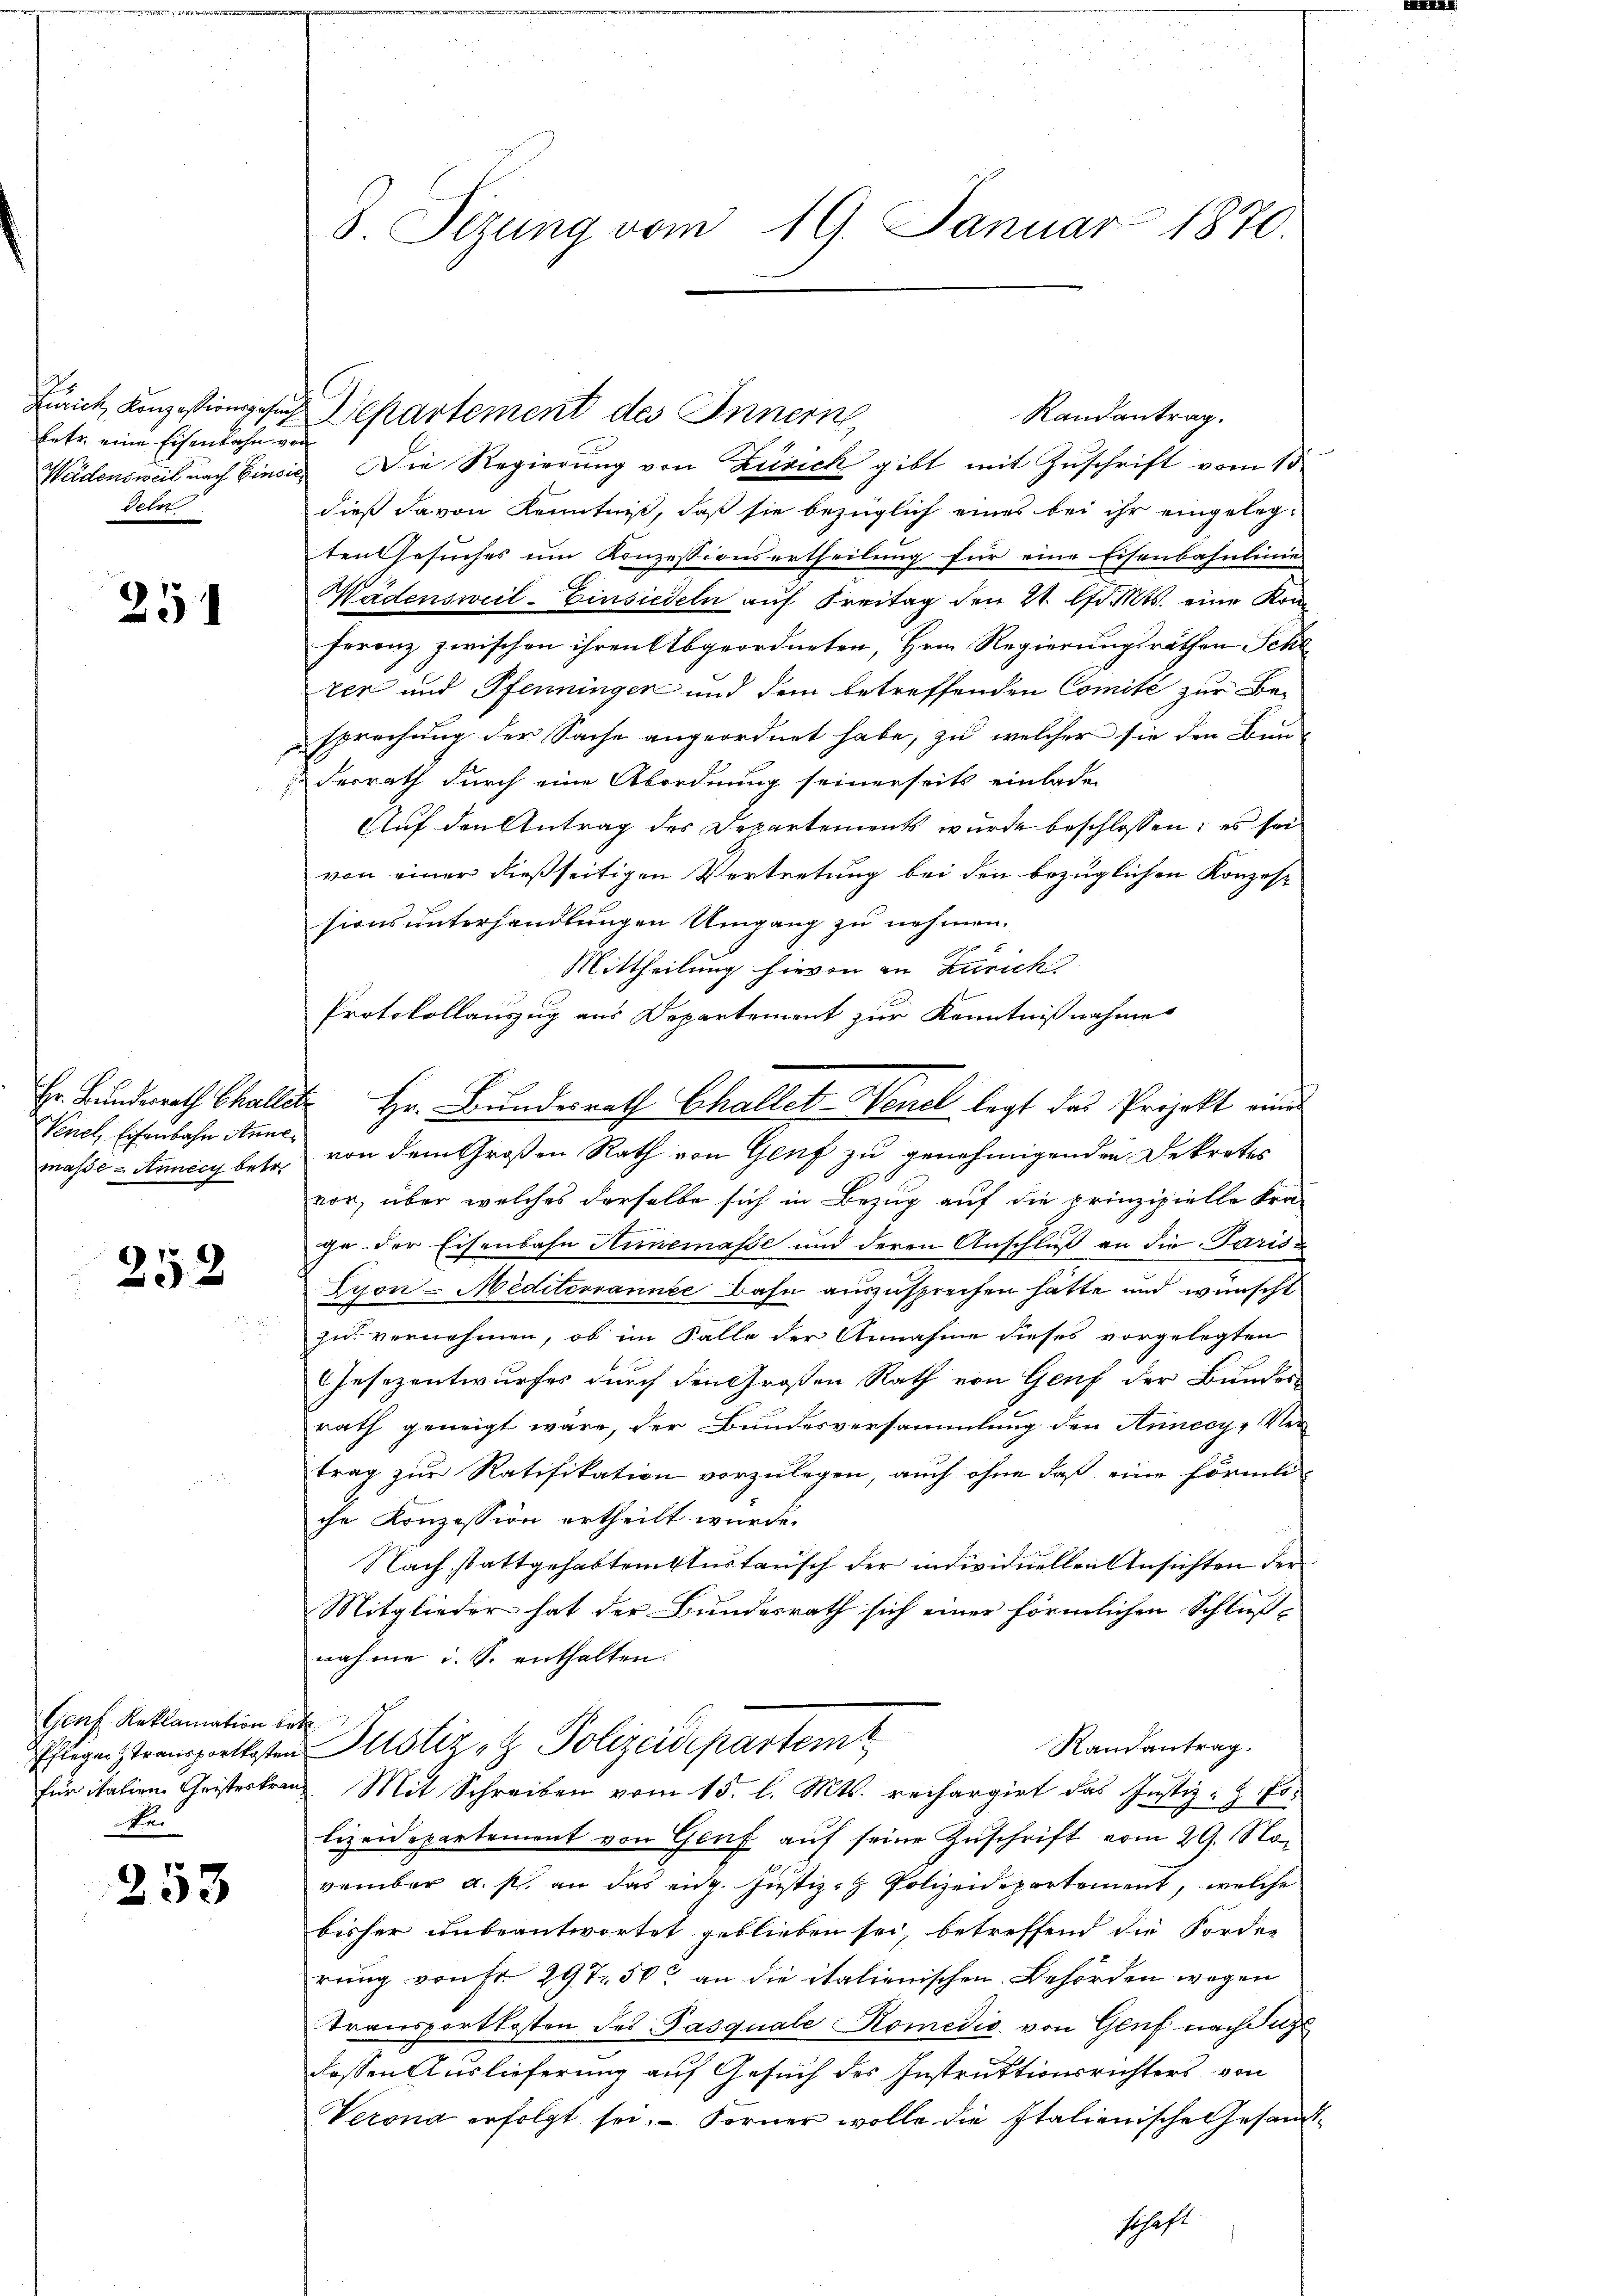
.
E
betr. eine Eisenbahn von
dern

251

Venel, Eisenbahn Anne
maße - Annicz betr.

252

Genf, Reklamation betr.
Nr.

253

Randantrag.
Wädensweil nach Einsich Die Regierung von Zürich gibt mit Zuschrift vom 13
dieß davon Kenntniß, daß sie bezüglich eines bei ihr eingelegten Gesuches um Konzessionsertheilung für eine Eisenbahnlinie
Wädensweil–Einsiedeln auf Freitag den 21. Chr. Mts. eine Kom
Ferenz zwischen ihren Abgeordneten, Hrn. Regierungsräthen Sche
ker und Pfenninger und dem betreffenden Comité zur Be-
sprechung der Sache angeordnet habe, zu welcher sie den Bun-
derrath durch eine Abordnung seinerseits einladen
Auf den Antrag des Departements wurde beschlossen; es sei
von einer dießseitigen Vertretung bei den bezüglichen Konzessionsunterhandlungen Umgang zu nehmen.
Mittheilung hievon in Zürich
Protokollauszug aus Departement zur Kenntnißnahmes
Hr. Bundesrath Challet Hr. Bundesrath Challet. Wenel legt das Projekt eines
von dem Großen Rath von Genf zu genehmigenden Dekretes
vor, über welches derselbe sich in Bezug auf die prinzipielle Kra-
ge der Eisenbahn Niemasse und deren Anschluß an die Paris-
Lyon - Mediternannte Bahn auszusprechen hätte und wünscht
zu vernehmen, ob im Falle der Annahme dieses vorgelegten
Gesezentwurfes durch den Großen Rath von Genf der Bunder
rath geneigt wäre, der Bundesversammlung den Annecy-Ver-
trag zur Ratifikation vorzulegen, auch ohne daß eine förmli
che Konzession ertheilt wurde.
Nach stattgehabtem Austausch der individuellen Ansichten der
Mitglieder hat der Bundesrath sich einer förmlichen Schluß-
nahme i. S. enthalten.
Raurantrag.
Ehlige strenspieltesten Justiz- & Polizeidepartemt
für italien Geisteskranz Mit Schreiben vom 15. l. Mts. rechargirt das Justiz- & Polizeidepartement von Genf auf seine Zuschrift vom 29. November a. s. an das eidg. Justiz- & Polizeidepartement, welche
bisher unbeantwortet geblieben sei, betreffend die Forder
rung von fr. 297. 50 an die italienischen Behörden wegen
Transportkosten des Pasquale Komedio von Genf nach dur
dessen Auslieferung auf Gesuch des Instruktionsrichters von
Verona erfolgt sei. Ferner wolle die Italienische Gesandtschaft

8. Sizung vom 19. Januar 1870.

Zürich, Konzessionsgesuche Departement des Innern